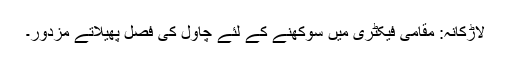
لاڑکانہ: مقامی فیکٹری میں سوکھنے کے لئے چاول کی فصل پھیلاتے مزدور۔